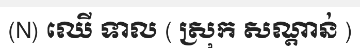
(N) ឈើ ទាល ( ស្រុក សណ្តាន់ )